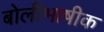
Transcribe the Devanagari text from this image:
बोलीभाषीक